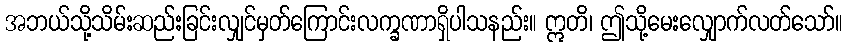
အဘယ်သို့သိမ်းဆည်းခြင်းလျှင်မှတ်ကြောင်းလက္ခဏာရှိပါသနည်း။ ဣတိ၊ ဤသို့မေးလျှောက်လတ်သော်။